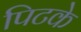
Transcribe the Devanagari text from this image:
पिटके